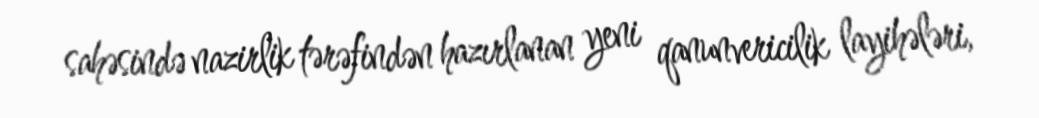
sahəsində nazirlik tərəfindən hazırlanan yeni qanunvericilik layihələri,